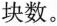
块数。